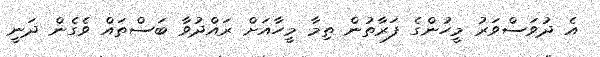
އެ ދުވަސްވަރު މީހުންގެ ފަރާތުން ތިމާ މީހާއަށް ރައްދުވާ ބަސްތައް ވެގެން ދަނީ